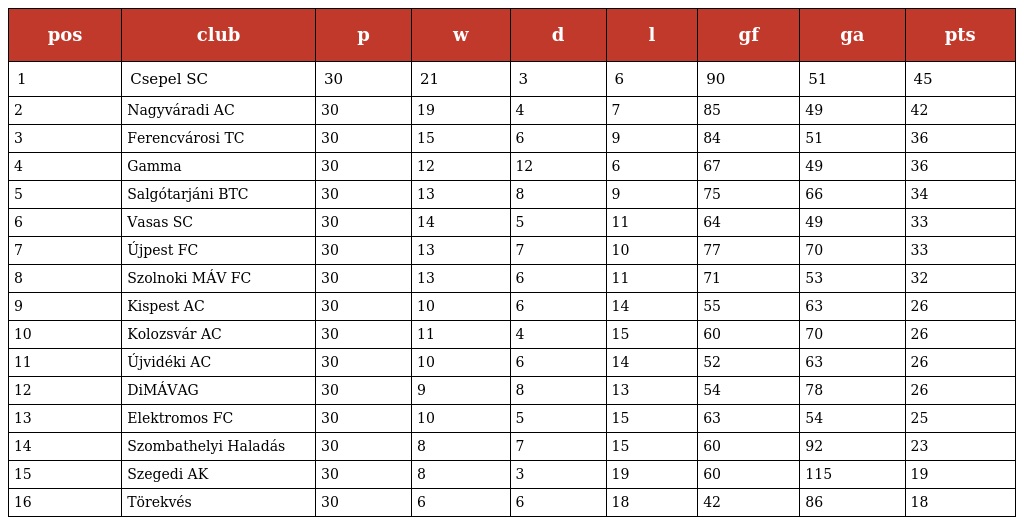
| pos | club | p | w | d | l | gf | ga | pts |
 | --- | --- | --- | --- | --- | --- | --- | --- | --- |
 | 1 | Csepel SC | 30 | 21 | 3 | 6 | 90 | 51 | 45 |
 | 2 | Nagyváradi AC | 30 | 19 | 4 | 7 | 85 | 49 | 42 |
 | 3 | Ferencvárosi TC | 30 | 15 | 6 | 9 | 84 | 51 | 36 |
 | 4 | Gamma | 30 | 12 | 12 | 6 | 67 | 49 | 36 |
 | 5 | Salgótarjáni BTC | 30 | 13 | 8 | 9 | 75 | 66 | 34 |
 | 6 | Vasas SC | 30 | 14 | 5 | 11 | 64 | 49 | 33 |
 | 7 | Újpest FC | 30 | 13 | 7 | 10 | 77 | 70 | 33 |
 | 8 | Szolnoki MÁV FC | 30 | 13 | 6 | 11 | 71 | 53 | 32 |
 | 9 | Kispest AC | 30 | 10 | 6 | 14 | 55 | 63 | 26 |
 | 10 | Kolozsvár AC | 30 | 11 | 4 | 15 | 60 | 70 | 26 |
 | 11 | Újvidéki AC | 30 | 10 | 6 | 14 | 52 | 63 | 26 |
 | 12 | DiMÁVAG | 30 | 9 | 8 | 13 | 54 | 78 | 26 |
 | 13 | Elektromos FC | 30 | 10 | 5 | 15 | 63 | 54 | 25 |
 | 14 | Szombathelyi Haladás | 30 | 8 | 7 | 15 | 60 | 92 | 23 |
 | 15 | Szegedi AK | 30 | 8 | 3 | 19 | 60 | 115 | 19 |
 | 16 | Törekvés | 30 | 6 | 6 | 18 | 42 | 86 | 18 |